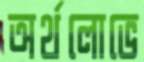
অর্থলোভে